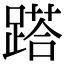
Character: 𨃚